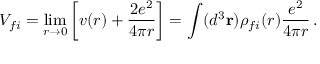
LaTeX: V _ { f i } = \operatorname * { l i m } _ { r \to 0 } \left[ v ( r ) + { \frac { 2 e ^ { 2 } } { 4 \pi r } } \right] = \int ( d ^ { 3 } { \bf r } ) \rho _ { f i } ( r ) { \frac { e ^ { 2 } } { 4 \pi r } } \, .